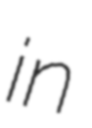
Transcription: in